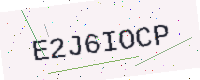
Text: E2J6IOCP